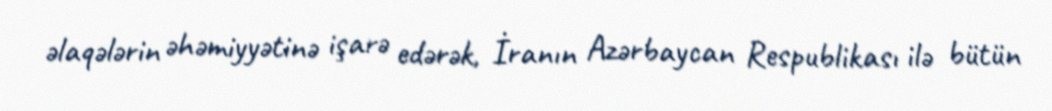
əlaqələrin əhəmiyyətinə işarə edərək, İranın Azərbaycan Respublikası ilə bütün